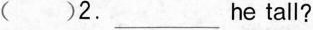
( )2. ___ he tall？